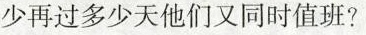
少再过多少天他们又同时值班?